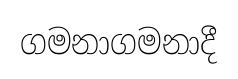
ගමනාගමනාදී